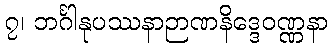
၇၊ ဘင်္ဂါနုပဿနာဉာဏနိဒ္ဒေဝဏ္ဏနာ